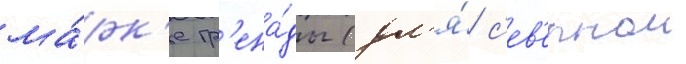
ма́рк'е гр'ена́ды (дл'я́ с'ев'ернои